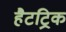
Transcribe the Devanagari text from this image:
हैटट्रिक